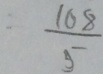
\frac { 1 0 8 } { 5 }